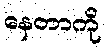
နေတာကို